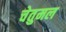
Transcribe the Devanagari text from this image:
चेतुमल